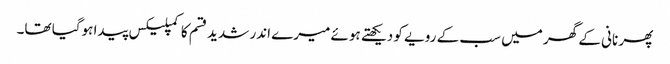
پھر نانی کے گھر میں سب کے رویے کو دیکھتے ہوئے میرے اندر شدید قسم کا کمپلیکس پیدا ہوگیا تھا۔